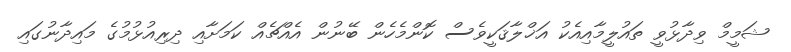
ޝަމީމް ވިދާޅުވީ ތައުލީމާއިއެކު އަޚްލާޤަކީވެސް ކޮންމެހެން ބޭނުން އެއްޗެއް ކަަމަށާއި ދިރިއުޅުމުގެ މައިދާނުގައި